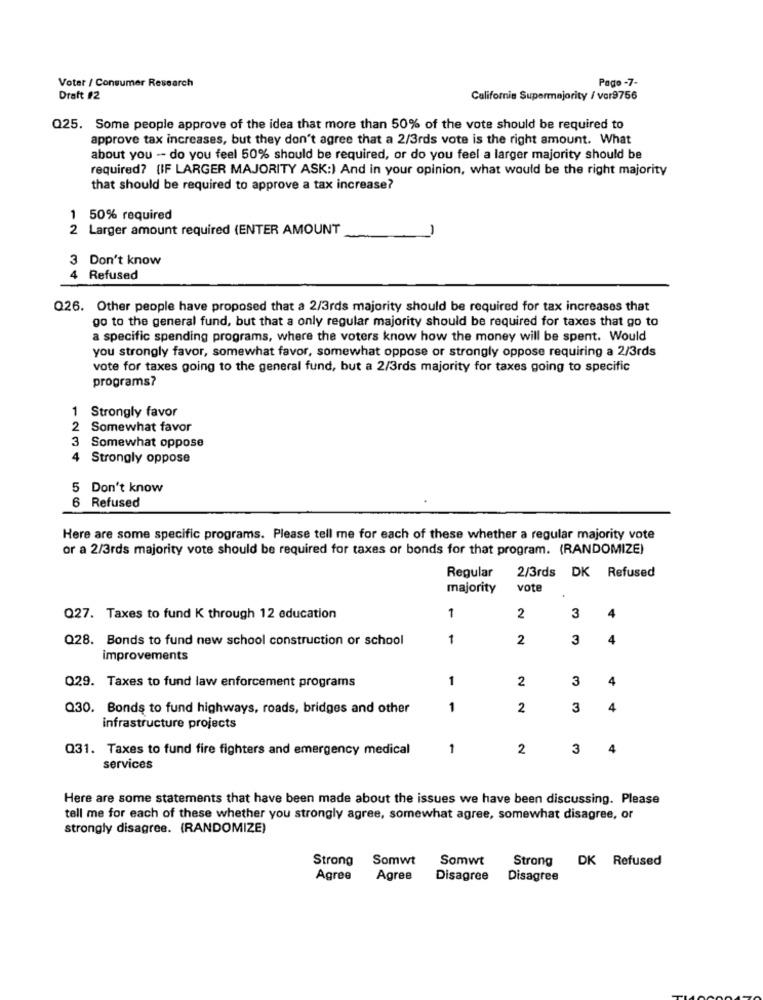
Pago -7-
Voter / Consumer Research
Draft #2
Californie Supermajority / vor9756
Q25. Some people approve of the idea that more than 50% of the vote should be required to
approve tax increases, but they don't agree that a 2/3rds vote is the right amount. What
about you - do you feel 50% should be required, or do you feel a larger majority should be
required? (IF LARGER MAJORITY ASK:) And in your opinion, what would be the right majority
that should be required to approve a tax increase?
1 50% required
2 Larger amount required (ENTER AMOUNT
3 Don't know
4 Refused
Q26. Other people have proposed that a 2/3rds majority should be required for tax increases that
go to the general fund, but that a only regular majority should be required for taxes that go to
a specific spending programs, where the voters know how the money will be spent. Would
you strongly favor, somewhat favor, somewhat oppose or strongly oppose requiring a 2/3rds
vote for taxes going to the general fund, but a 2/3rds majority for taxes going to specific
programs?
1 Strongly favor
2 Somewhat favor
3 Somewhat oppose
4 Strongly oppose
5 Don't know
6 Refused
Here are some specific programs. Please tell me for each of these whether a regular majority vote
or a 2/3rds majority vote should be required for taxes or bonds for that program. (RANDOMIZE)
2/3rds DK Refused
Regular
majority
vote
3
Q27. Taxes to fund K through 12 education
1
2
4
Q28. Bonds to fund new school construction or school
1
2
3
improvements
1
2
3
4
029. Taxes to fund law enforcement programs
Q30. Bonds to fund highways, roads, bridges and other
1
2
3
4
infrastructure projects
Q31. Taxes to fund fire fighters and emergency medical
1
2
3
4
services
Here are some statements that have been made about the issues we have been discussing. Please
tell me for each of these whether you strongly agree, somewhat agree, somewhat disagree, or
strongly disagree. (RANDOMIZE)
Strong
Somwt
Somwt
Strong
DK Refused
Agree
Agree
Disagree
Disagree